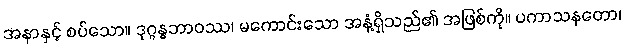
အနာနှင့် စပ်သော။ ဒုဂ္ဂန္ဓဘာဝဿ၊ မကောင်းသော အနံ့ရှိသည်၏ အဖြစ်ကို။ ပကာသနတော၊